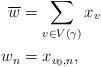
LaTeX: \begin{align*} \overline{w} &= \sum_{v \in V(\gamma)} x_v\\ w_n &= x_{v_0, n},\end{align*}